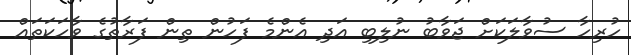
ހުރިހާ ސުވާލަކަށް ޖަވާބު ނުލިބި އަދި އެންމެ ފަހުން ތިން ފަރާތުގެ ވާހަކަތައް